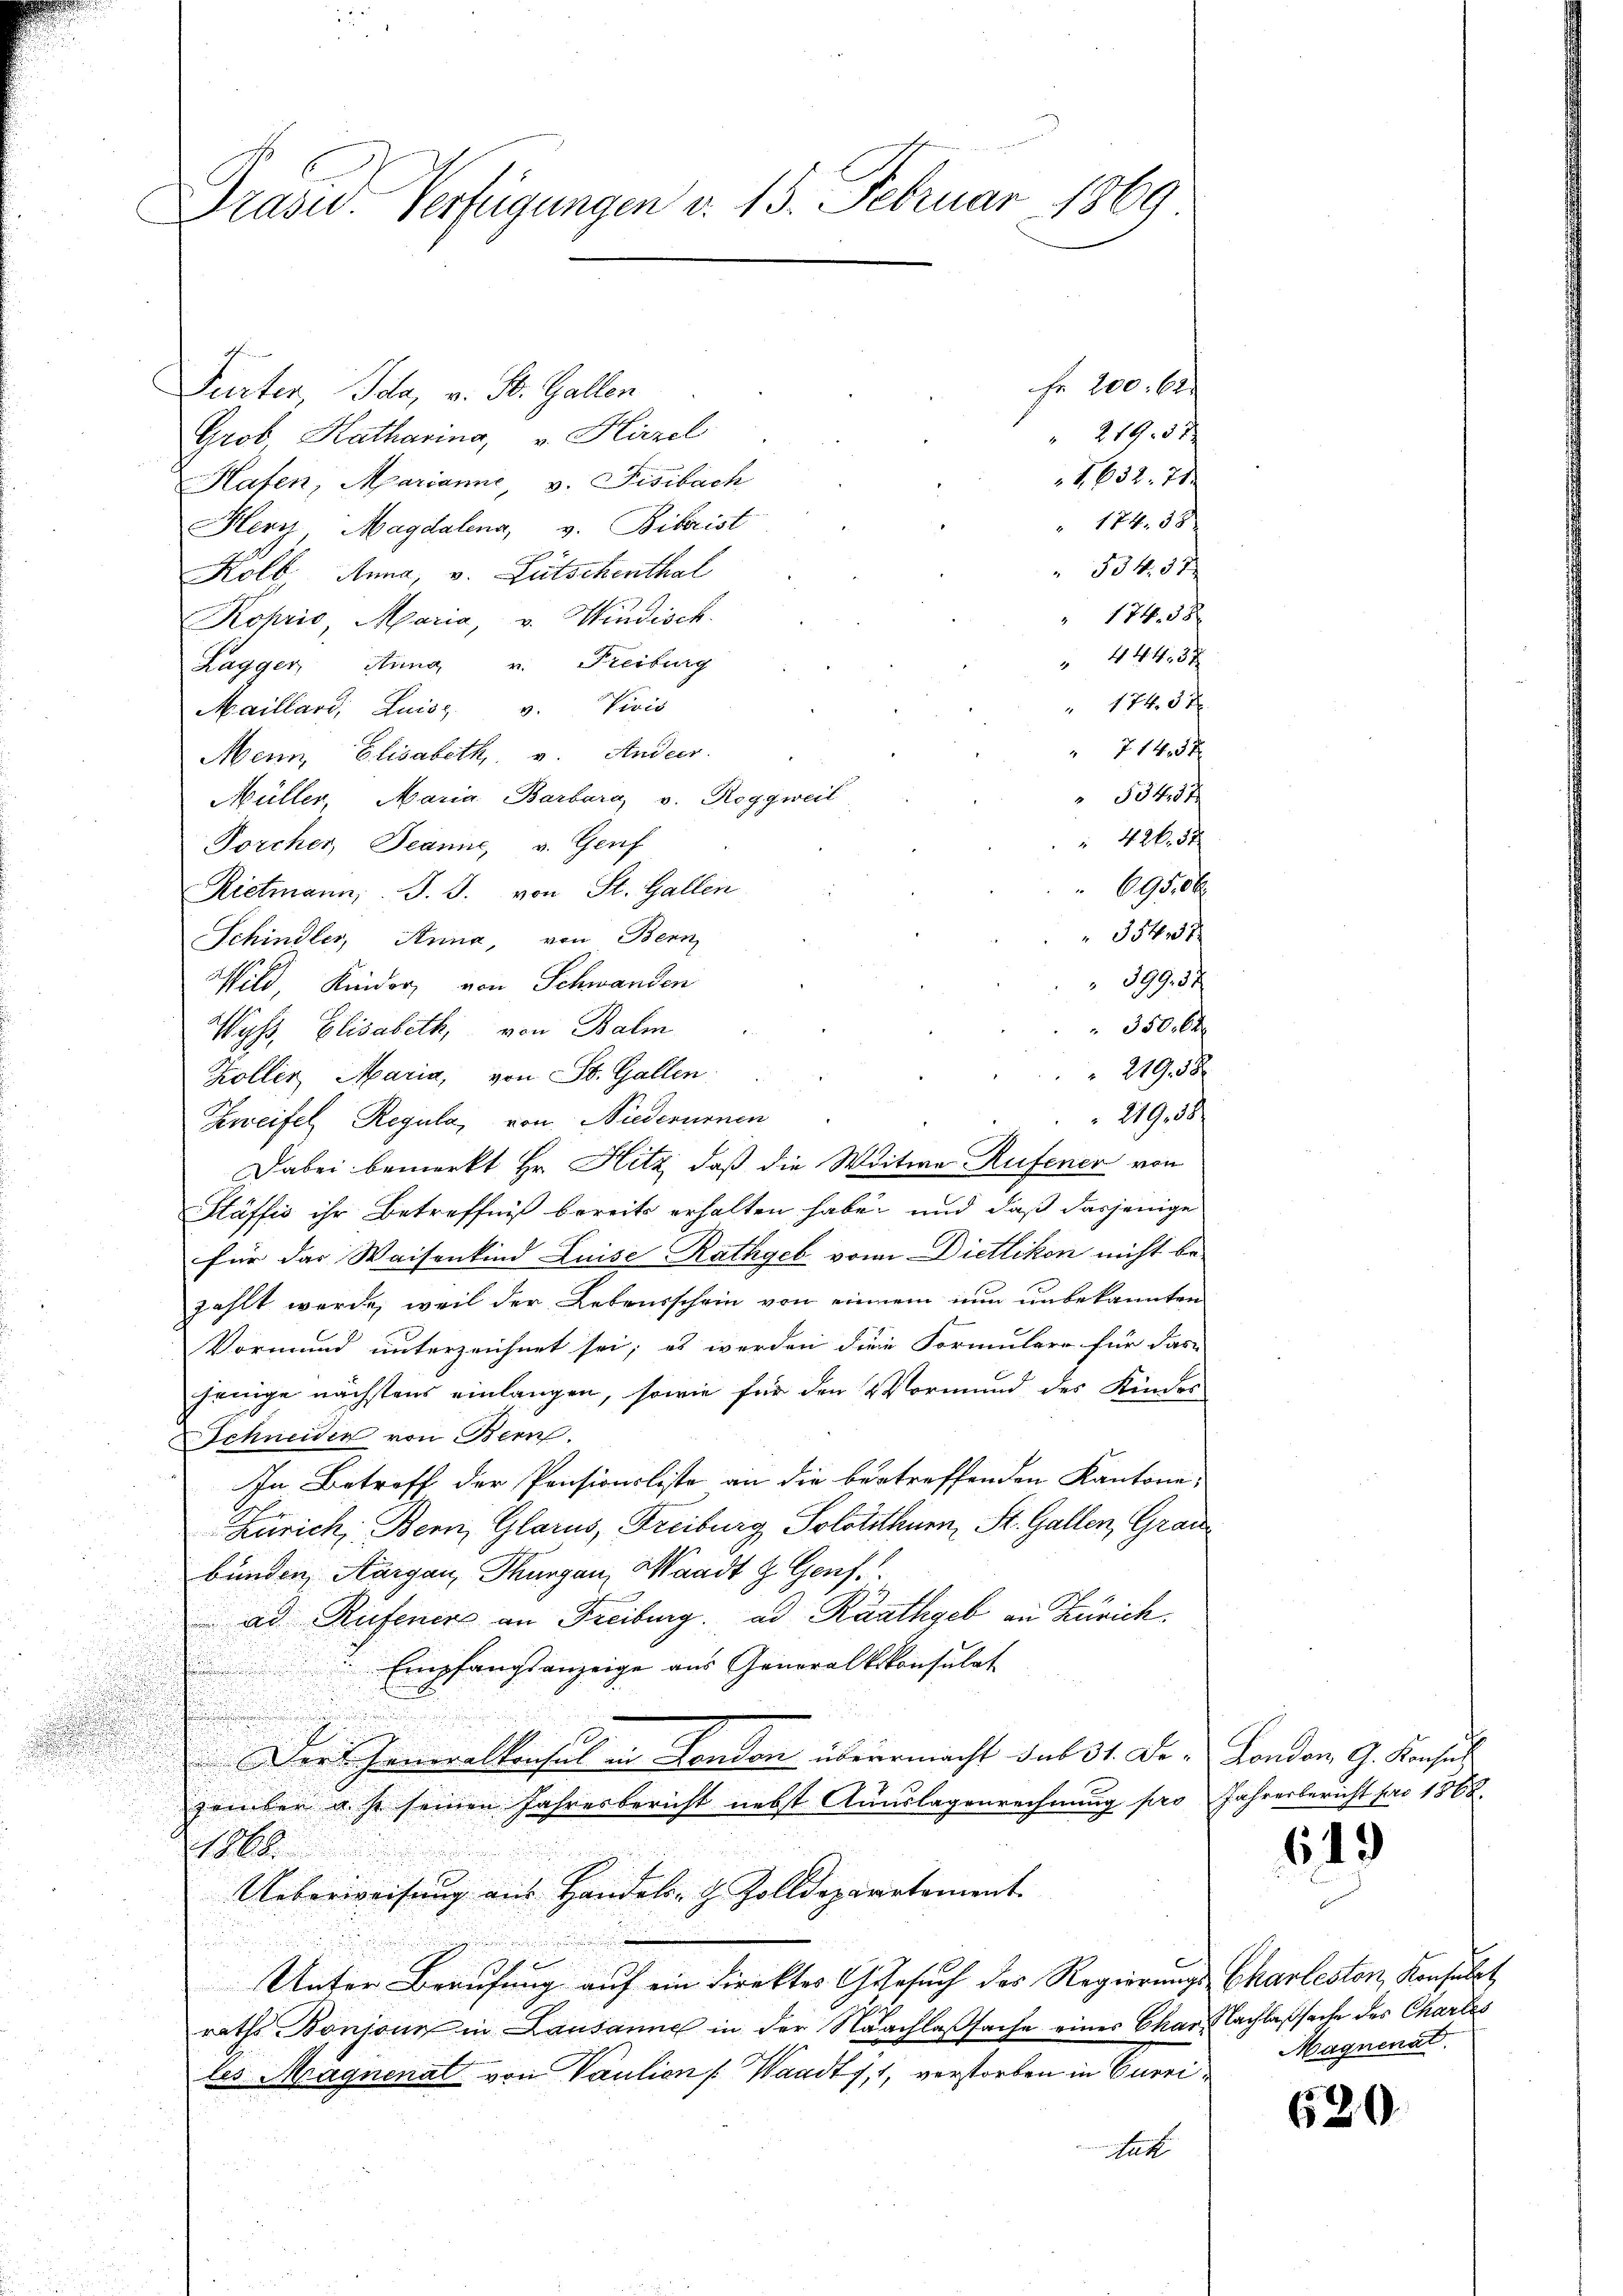
Präsid. Verfügungen v. 15. Februar 1869

Fr. 100. 62.
Purter, Ida, v. St. Gallen
2193 x
Grob, Katharina, v. Hirzel
I 632. 71
Hafen, Marianne, v. Fisibach
" 184. 38
Herr Magdalena, v. Biberist
534. 57
Kolb, Anna, v. Lütschenthal
" 174. 58
Kopris, Maria, v. Windisch.
 444,37
Lagger, Aung v. Freiburg
1745 x
4
Maillard, Luiss. v. Vivis
7145 x
Menn, Elisabeth, u. Ander.
5549 f
Müller, Maria Barbara v. Roggweil
 426. 52
Porcher, Jeanne, v. Genf
O. d. 2
Rietmann. J. J. von St. Gallen
35437
Schindler, Anna, von Bern,
 399. 37
Wild, Kinder, von Schwanden
 350. 6
Wyß, Elisabeth, von Balm
 219. 58
Koller, Maria, von St. Gallen
 219, 58
Zweifel Regula, von Niederurnen
Dabei bemerkt Hr. Hitz, daß die Witwe Rufener von
Stäffić ihr Betreffniß bereits erhalten habe, und daß dasjenige
für das Waisenkind Luise Rathgeb von Dietlikon nicht be-
zählt werde, weil der Lebensschein von einem nun unbekannten
Vormund unterzeichnet sei; es werden die Formulare für das
jenige nächstens einlangen, sowie für den Vormund des Kindes
Schneiden von Bern.
In Betreff der Pensionsliste an die bertreffenden Kantona¬
Zürich, Bern, Glarus, Freiburg Solothurn, St. Gallen, Graubunden, Aargau, Thurgau, Waadt z. Genf.
ad Rufener an Freiburg. ad Räathgeb an Zürich
Empfangsanzeige aus Generalkonsulat
.
¬

Der Scheneralkonsul in London überrmacht sub 31. Dezember u. so seinen Jahresbericht nebst Auslagenrechnung pro
1868.
Ueberweisŭng aus Handels- & Zolldeparatament.
Unter Berufung auf ein Direktes Gesuch des Regierungs Charleston, Konsulat
raths Bonjonn in Lausanne in der Nachlaßsache eines Char Nachlaßsache des Chartes
les Magnenat von Vaution [Waadt, 1, verstorben in Curriatt

London G. Konsul
Jahresbericht pro 1888.

619

Magnenat.

620